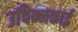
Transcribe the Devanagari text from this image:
उपिन्नकाई